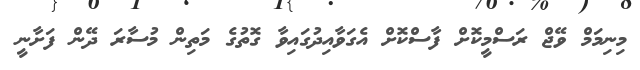
މިނިމަމް ވޭޖް ރަސްމީކޮށް ފާސްކޮށް އެގަވާއިދުގައިވާ ގޮތުގެ މަތިން މުސާރަ ދޭން ފަށާނީ